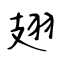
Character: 翅